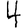
Digit: 4